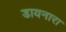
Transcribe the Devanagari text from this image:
डायनारा